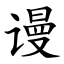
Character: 谩